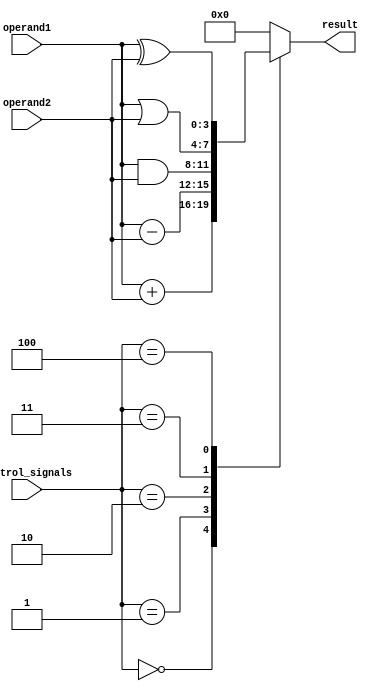
module ALU(
    input [3:0] operand1,
    input [3:0] operand2,
    input [2:0] control_signals,
    output reg [3:0] result
);

always @(*)
begin
    case(control_signals)
        3'b000: result = operand1 + operand2; // Adder
        3'b001: result = operand1 - operand2; // Subtractor
        3'b010: result = operand1 & operand2; // Bitwise AND
        3'b011: result = operand1 | operand2; // Bitwise OR
        3'b100: result = operand1 ^ operand2; // Bitwise XOR
        default: result = 4'b0000; // Default output
    endcase
end

endmodule